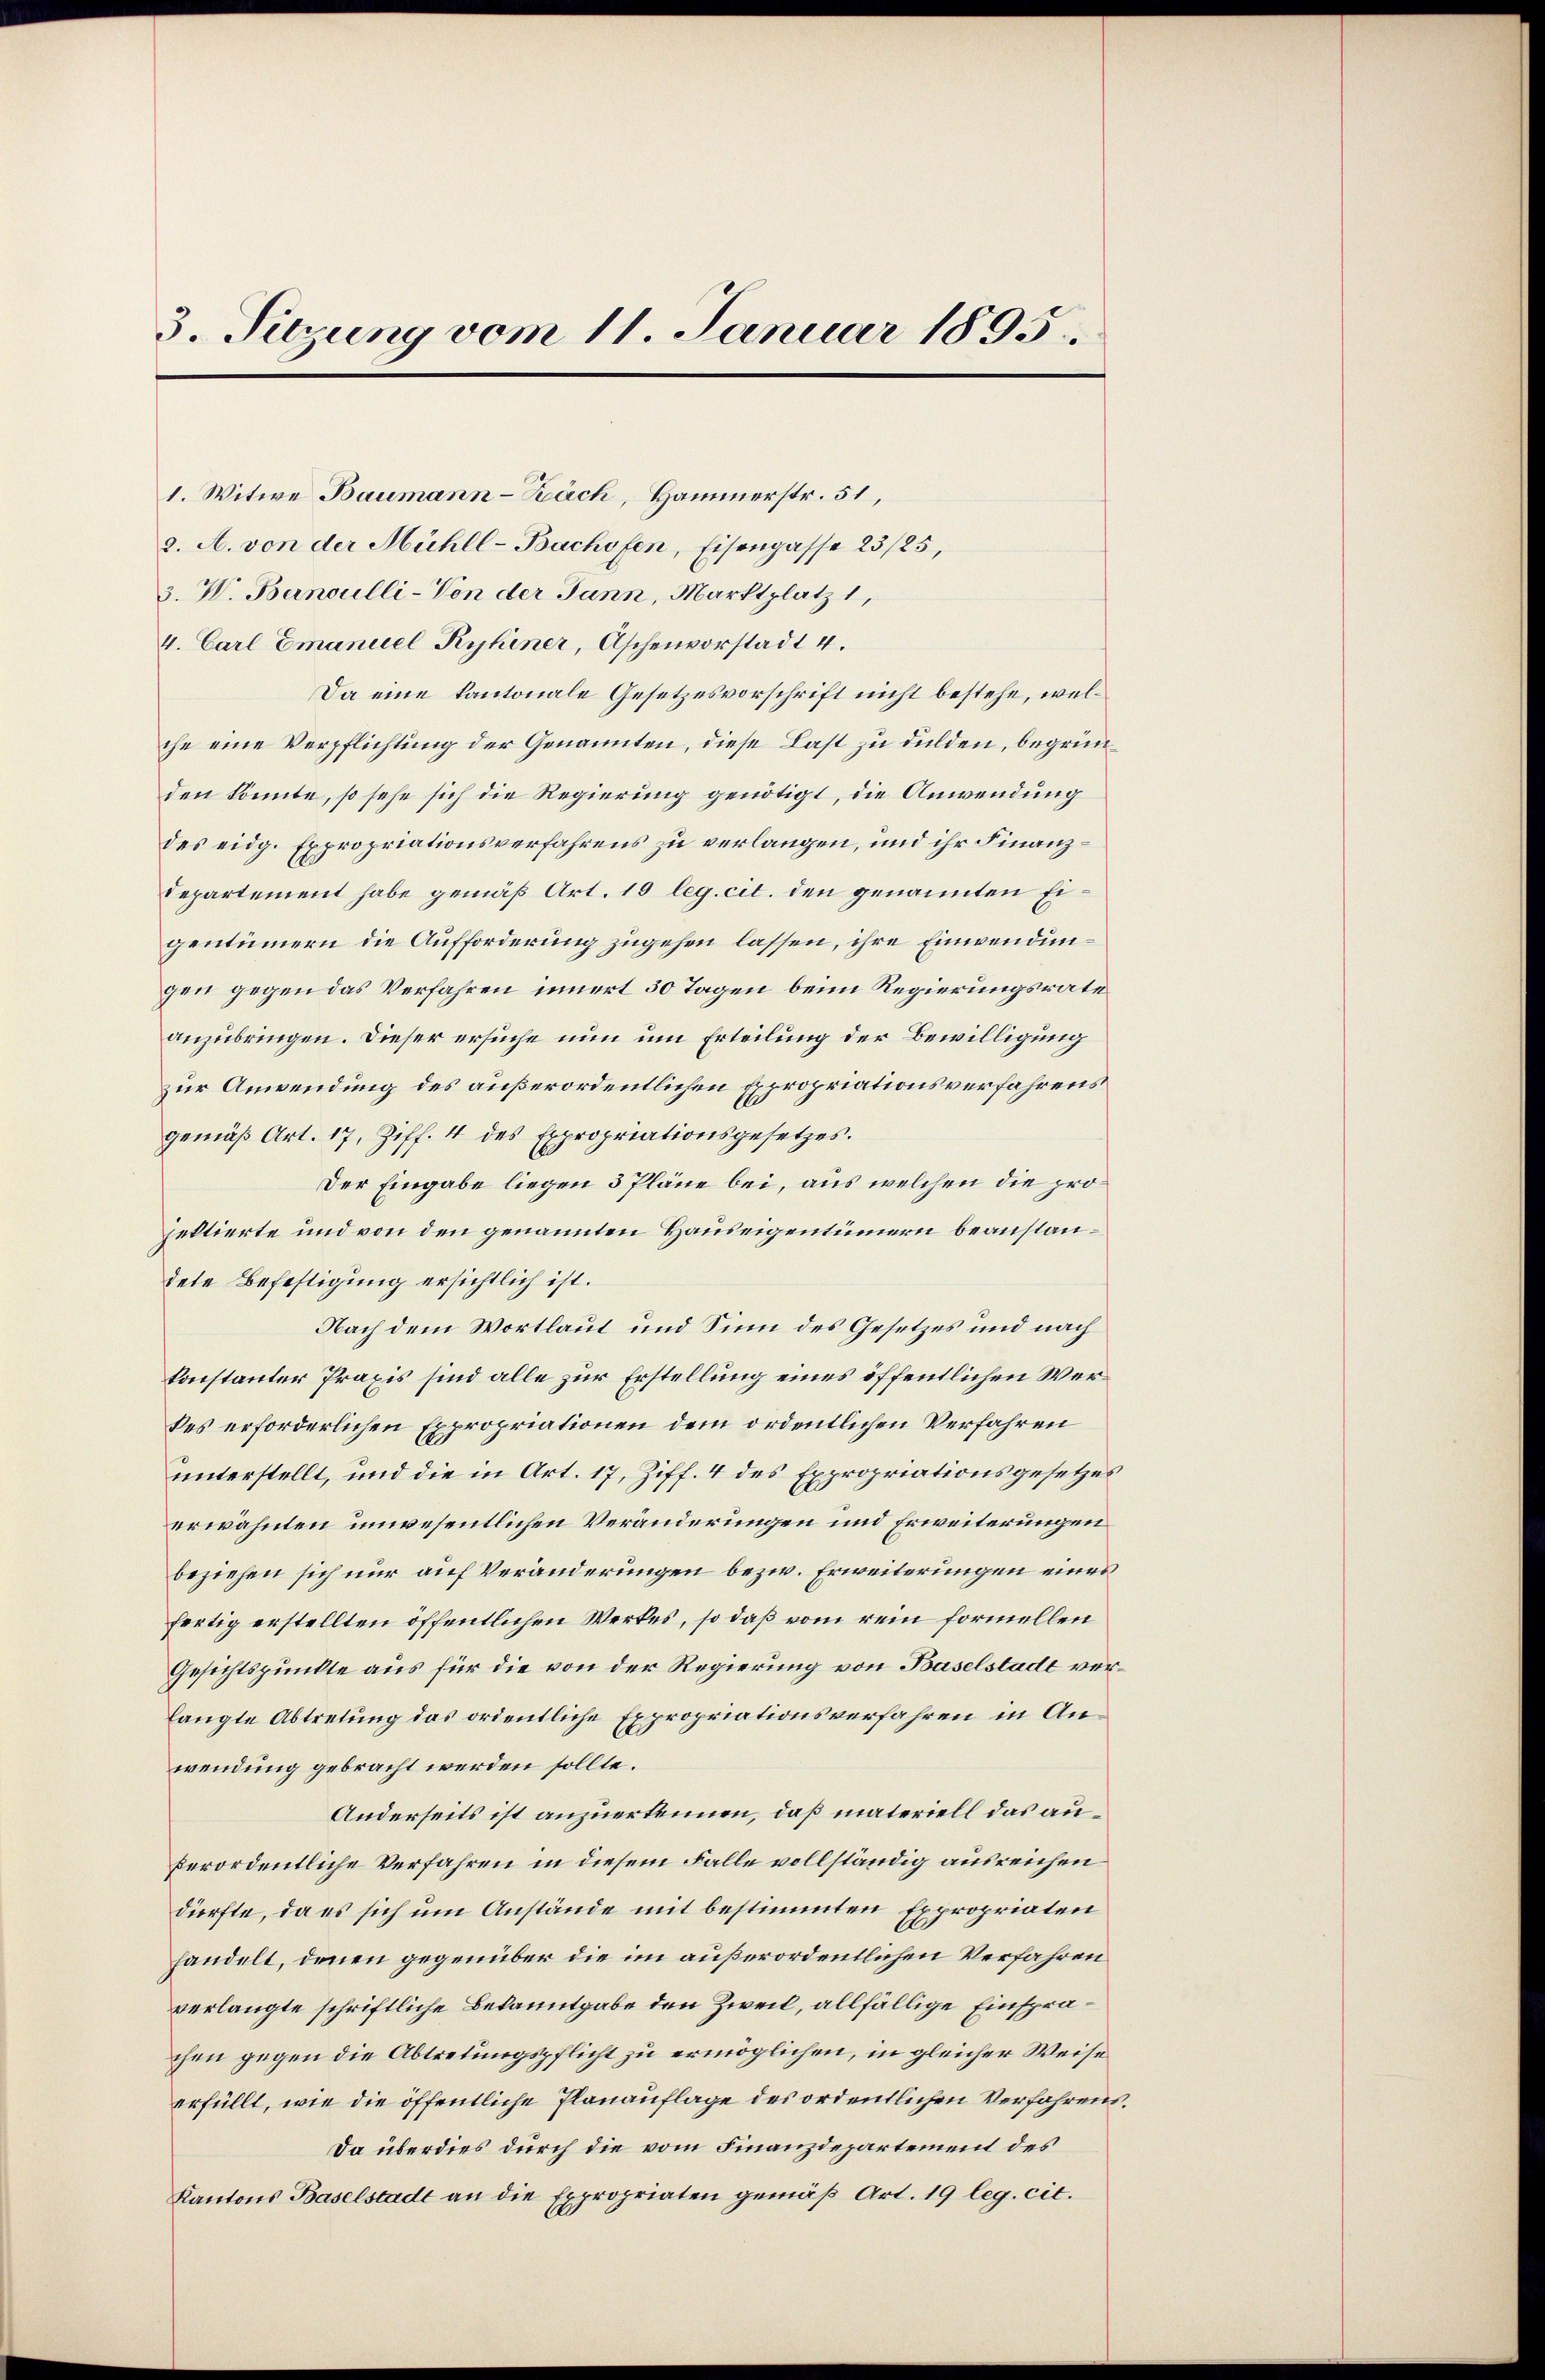
3. Sitzung vom 11. Januar 1895.

1. Witwe Baumann-Zäch, Hammerstr. 51,
2. A. von der Mühll-Bachofen, Eisengasse 23/25,
3. V. Bernoulli-Von der Jann, Marktplatz 1,
4. Carl Emanuel Ryhiner, Aschenvorstadt 4.
Da eine kantonale Gesetzesvorschrift nicht bestehe, welche eine Verpflichtung der Genannten, diese Last zu dulden, begründen könnte, so sehe sich die Regierung genötigt, die Anwendung
des eidg. Expropriationsverfahrens zu verlangen, und ihr Finanzdepartement habe gemäß Art. 10 leg. cit. den genannten Eigentümern die Aufforderung zugehen lassen, ihre Einwendungen gegen das Verfahren innert 30 Tagen beim Regierungsrate
anzubringen. Dieser ersuche nun um Erteilung der Bewilligung
zur Anwendung des außerordentlichen Expropriationsverfahrens
gemäβ Art. 17, Ziff. 4 des Expropriationsgesetzes.
Der Eingabe liegen 3 Pläne bei, aus welchen die projektierte und von den genannten Hauseigentümern beanstandete Befestigung ersichtlich ist.
Nach dem Wortlaut und Sinn des Gesetzes und nach
konstanter Praxis sind alle zur Erstellung eines öffentlichen Werkes erforderlichen Expropriationen dem ordentlichen Verfahren
unterstellt, und die in Art. 17, Ziff. 4 des Expropriationsgesetzes
erwähnten unwesentlichen Veränderungen und Erweiterungen
beziehen sich nur auf Veränderungen bezw. Erweiterungen eines
fertig erstellten öffentlichen Werkes, so daß vom rein formellen
Gesichtspunkte aus für die von der Regierung von Baselstadt verlangte Abtretung das ordentliche Expropriationsverfahren in Anwendung gebracht werden sollte.
Anderseits ist anzuerkennen, daß materiell das auperordentliche Verfahren in diesem Falle vollständig ausreichen
dürfte, da es sich um Anstände mit bestimmten Expropriaten
handelt, denen gegenüber die im außerordentlichen Verfahren
verlangte schriftliche Bekanntgabe den Zweil, allfällige Einsprachen gegen die Abtretungspflicht zu ermöglichen, in gleicher Weise
erfüllt, wie die öffentliche Planauflage des ordentlichen Verfahrens¬
Da überdies durch die vom Finanzdepartement des
Kantons Baselstadt an die Expropriaten gemäβ Art. 19 leg. cit.